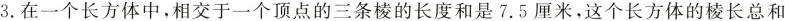
3.在一个长方体中，相交于一个顶点的三条棱的长度和是7.5厘米，这个长方体的棱长总和